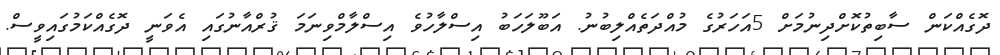
ދޮގެއްކަން ސާބިތުކޮށްދިނުމަށް 5އަހަރުގެ މުއްދަތެއްލިބުނު. އަބޫލަހަބު އިސްލާހުވެ އިސްލާމްވިނަމަ ޤުރްއާނުގައި އެވަނީ ދޮގެއްކަމުގައިވީސް.